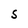
Character: S